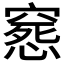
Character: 𥧛